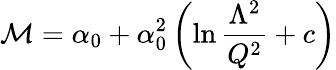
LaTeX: {\cal M}=\alpha_{0}+\alpha_{0}^{2}\left(\ln{\frac{\Lambda^{2}}{Q^{2}}}+c\right)